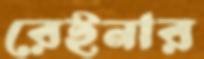
রেইনার